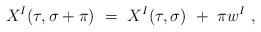
LaTeX: \begin{align*}X^I(\tau,\sigma+\pi)\ =\ X^I(\tau,\sigma)\ +\ \pi w^I\ ,\end{align*}